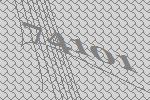
74101